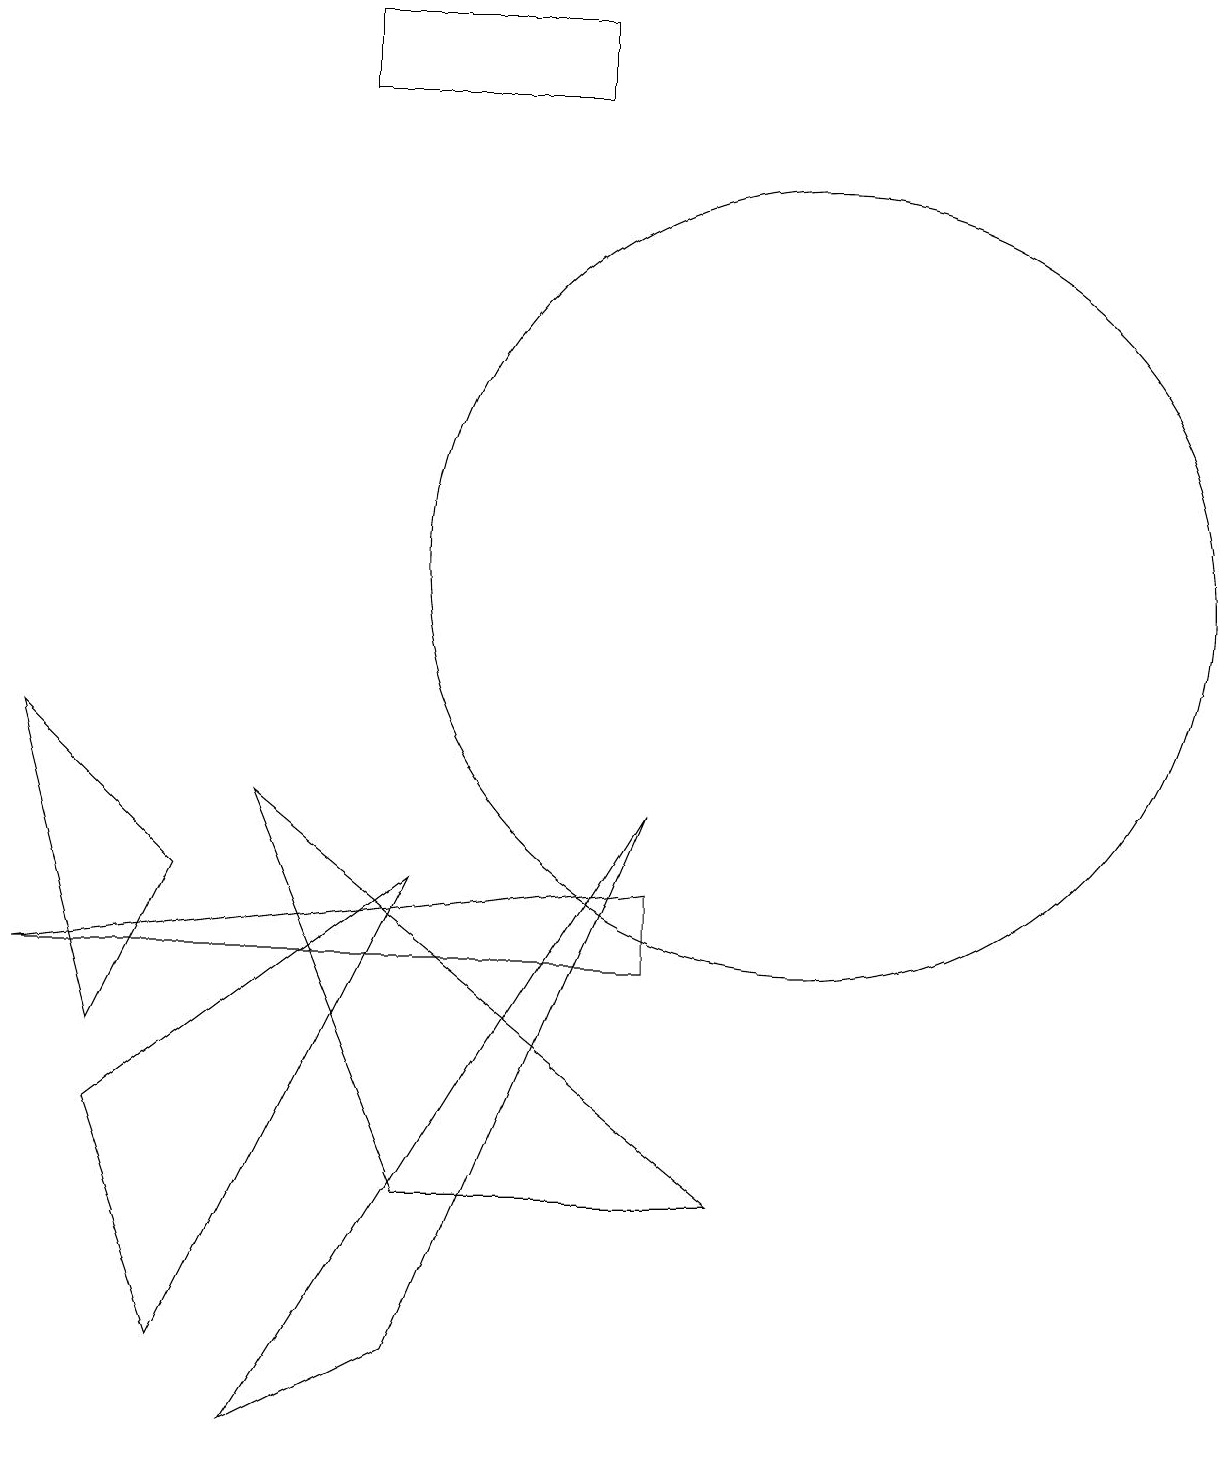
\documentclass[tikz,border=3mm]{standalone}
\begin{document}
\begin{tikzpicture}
\draw (0,9) -- (2,7) -- (1,5) -- cycle;
\draw (8,8) -- (5,1) -- (3,0) -- cycle;
\draw (10,11) circle (5);
\draw (2,1) -- (1,4) -- (5,7) -- cycle;
\draw (7,17) rectangle (4,18);
\draw (8,7) -- (8,6) -- (0,6) -- cycle;
\draw (9,3) -- (5,3) -- (3,8) -- cycle;
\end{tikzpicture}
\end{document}